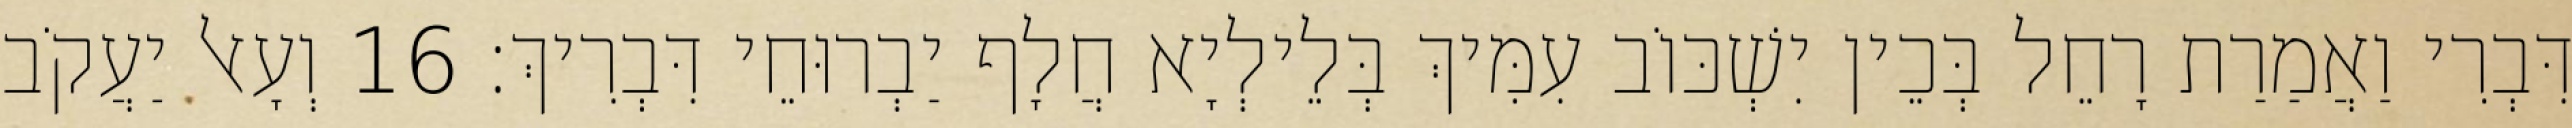
דִּבְרִי וַאֲמַרַת רָחֵל בְּכֵין יִשְׁכּוֹב עִמִּיךְ בְּלֵילְיָא חֲלָף יַבְרוּחֵי דִּבְרִיךְ׃ 16 וְעָאל יַעֲקֹב